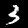
Label: 3